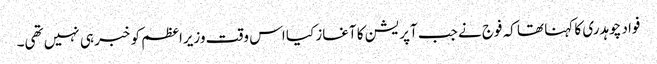
فواد چوہدری کا کہنا تھا کہ فوج نے جب آپریشن کا آغاز کیا اس وقت وزیراعظم کو خبر ہی نہیں تھی۔